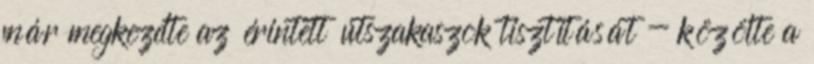
már megkezdte az érintett útszakaszok tisztítását - közölte a